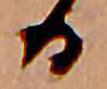
る